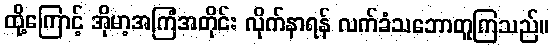
ထို့ကြောင့် အိုမာ့အကြံအတိုင်း လိုက်နာရန် လက်ခံသဘောတူကြသည်။